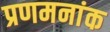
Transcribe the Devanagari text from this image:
प्रणमनांक